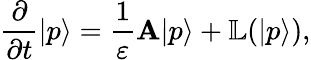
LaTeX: \frac{\partial}{\partial t}|p\rangle=\frac{1}{\varepsilon}\mathbf{A}|p\rangle+\mathbb{L}(|p\rangle),